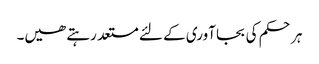
ہر حکم کی بجا آوری کے لئے مستعد رہتے ھیں۔